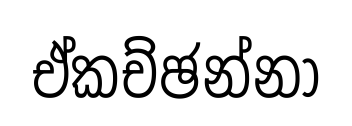
ඒකච්ඡන්නා